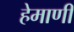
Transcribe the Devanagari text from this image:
हेमाणी